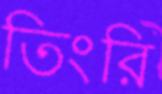
তিংরি